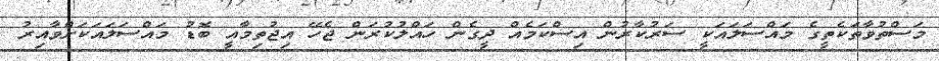
މަސްތުވާތަކެތީގެ މައްސަލައަކީ ސަރުކާރުން އިސްކަމެއް ދީގެން ހައްލުކުރަން ޖެހޭ އިޖުތިމާއީ ބޮޑު މައްސަލައަކަށްވާއިރު